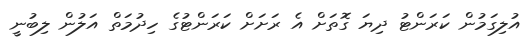
އުލިގަމުން ކަރަންޓު ދިޔަ ގޮތަށް އެ ރަށަށް ކަރަންޓުގެ ހިދުމަތް އަލުން ލިބުނީ